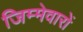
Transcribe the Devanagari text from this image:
जिम्मेवारों